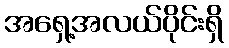
အရှေ့အလယ်ပိုင်းရှိ